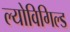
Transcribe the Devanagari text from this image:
ल्योविगिल्ड